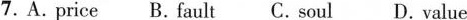
7.A.price B.fault C. soul D. value